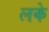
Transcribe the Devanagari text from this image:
लके